Note on the mental hospitals in Burma - 1925-1940
Year: 1925
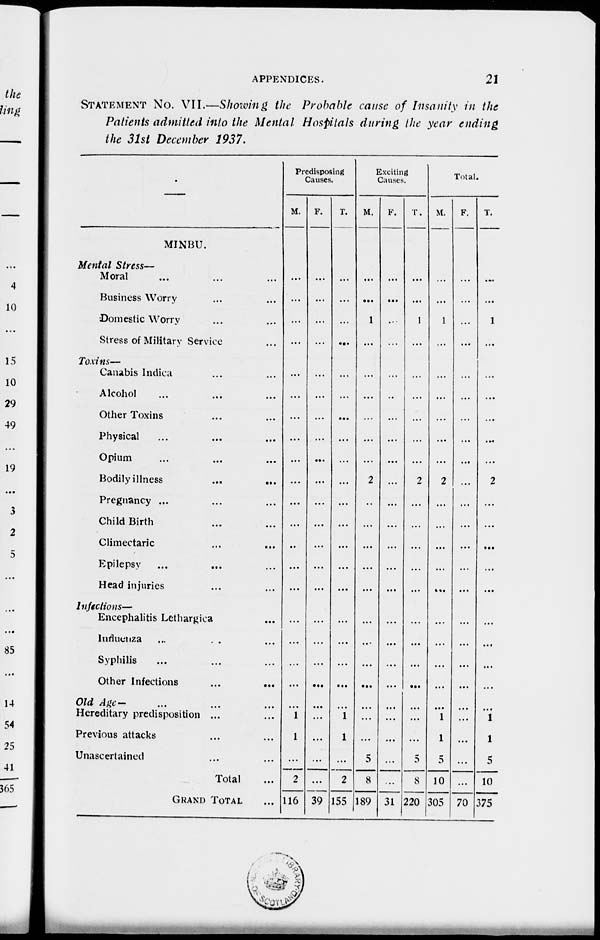
APPENDICES.
21
STATEMENT No. VII.—Showing the Probable cause of Insanity in the
Patients admitted into the Mental Hospitals during the year ending
the 31st December 1937.
—
MINBU.
Mental Stress—
Moral ... ... ...
Business Worry ... ...
Domestic Worry ... ...
Stress of Military Service ...
Toxins—
Canabis Indica ... ...
Alcohol ... ... ...
Other Toxins ... ...
Physical ... ... ...
Opium
...
...
...
Bodily illness
...
...
Pregnancy ... ... ...
Child Birth ... ...
Climectaric ... ...
Epilepsy ... ... ...
Head injuries ... ...
Infections—
Encephalitis Lethargica ...
Influenza
...
...
...
Syphilis ... ... ...
Other Infections ... ...
Old Age— ... ... ...
Hereditary predisposition ... ...
Previous attacks ... ...
Unascertained ... ...
Total ...
GRAND TOTAL ...
Predisposing
Causes.
M.
...
...
...
...
...
...
...
...
...
...
...
...
...
...
...
...
...
...
...
...
1
1
...
2
116
F.
...
...
...
...
...
...
...
...
...
...
...
...
...
...
...
...
...
...
...
...
...
...
...
...
39
T.
...
...
...
...
...
...
...
...
...
...
...
...
...
...
...
...
...
...
...
...
1
1
...
2
155
Exciting
Causes.
M.
...
...
1
...
...
...
...
...
...
2
...
...
...
...
...
...
...
...
...
...
...
...
5
8
189
F.
...
...
...
...
...
...
...
...
...
...
...
...
...
...
...
...
...
...
...
...
...
...
...
...
31
T.
...
...
1
...
...
...
...
...
...
2
...
...
...
...
...
...
...
...
...
...
...
...
5
8
220
Total.
M.
...
...
1
...
...
...
...
...
...
2
...
...
...
...
...
...
...
...
...
...
1
1
5
10
305
F.
...
...
...
...
...
...
...
...
...
...
...
...
...
...
...
...
...
...
...
...
...
...
...
...
70
T.
...
...
1
...
...
...
...
...
...
2
...
...
...
...
...
...
...
...
...
...
1
1
5
10
375